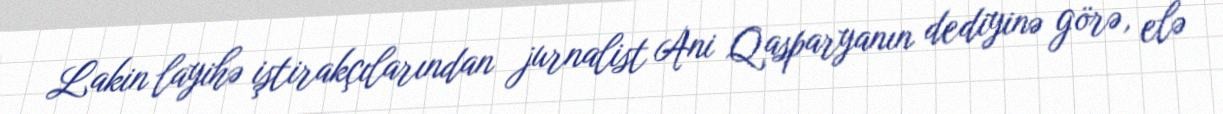
Lakin layihə iştirakçılarından jurnalist Ani Qasparyanın dediyinə görə, elə